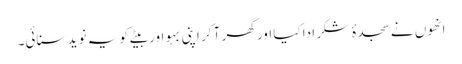
انھوں نے سجدۂ شکر ادا کیا اور گھر آ کر اپنی بہو اور بیٹے کو یہ نوید سنائی۔